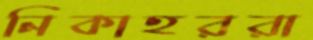
নিকাহররা